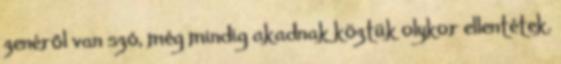
zenéről van szó, még mindig akadnak köztük olykor ellentétek.